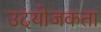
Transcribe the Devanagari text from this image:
उदयोजकता